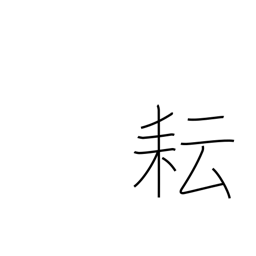
Meaning: weed